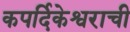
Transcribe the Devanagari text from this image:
कपर्दिकेश्वराची